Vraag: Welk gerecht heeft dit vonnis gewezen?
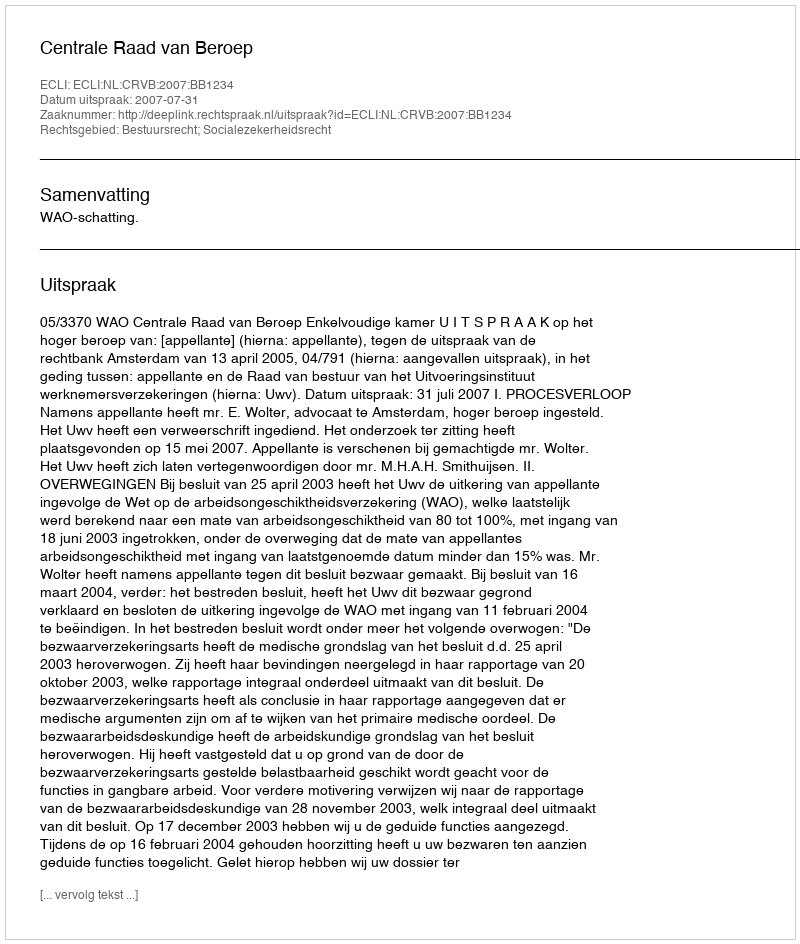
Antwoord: Centrale Raad van Beroep